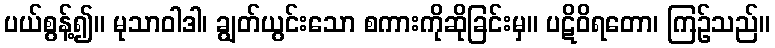
ပယ်စွန့်၍။ မုသာဝါဒါ၊ ချွတ်ယွင်းသော စကားကိုဆိုခြင်းမှ။ ပဋိဝိရတော၊ ကြဉ်သည်။